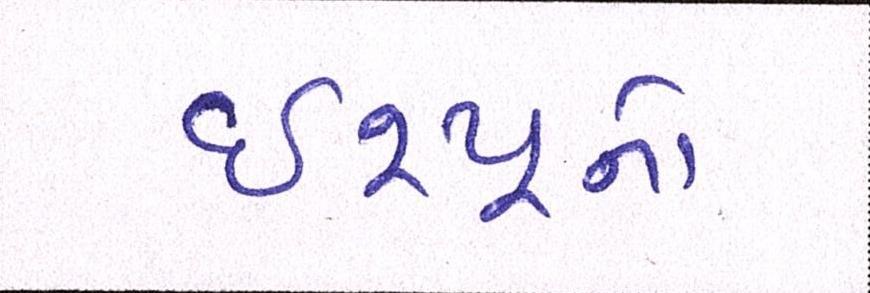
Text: ઇશ્યૂનો